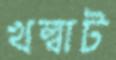
খল্বাট